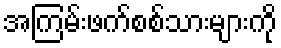
အကြမ်းဖက်စစ်သားများကို